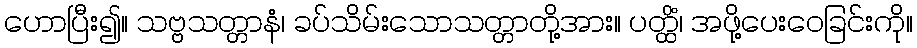
ဟောပြီး၍။ သဗ္ဗသတ္တာနံ၊ ခပ်သိမ်းသောသတ္တာတို့အား။ ပတ္ထိံ၊ အဖို့ပေးဝေခြင်းကို။